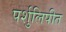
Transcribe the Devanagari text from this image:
पर्शुलिपीत